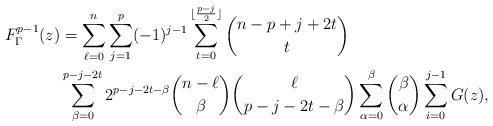
LaTeX: \begin{align*}F_\Gamma^{p-1}(z)&= \sum_{\ell=0}^n\sum_{j=1}^{p} (-1)^{j-1} \sum_{t=0}^{\lfloor\frac{p-j}{2}\rfloor} \binom{n-p+j+2t}{t} \\&\sum_{\beta=0}^{p-j-2t} 2^{p-j-2t-\beta} \binom{n-\ell}{\beta} \binom{\ell}{p-j-2t-\beta}\sum_{\alpha=0}^\beta \binom{\beta}{\alpha} \sum_{i=0}^{j-1}G(z),\end{align*}